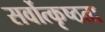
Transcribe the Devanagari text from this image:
सर्वोत्कृष्ठता